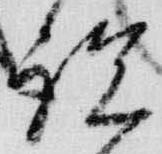
説